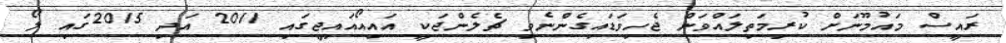
ރައީސް މައުމޫނަށް ކުރިމަތިލައްވަން ޖެހިވަޑައިގެންނެވި ޗެލެންޖަކީ އައިއޯއައިޖީގައި 2011 އަދި 2015ގައި ލޯ